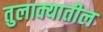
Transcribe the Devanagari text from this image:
तुलाक्यातील